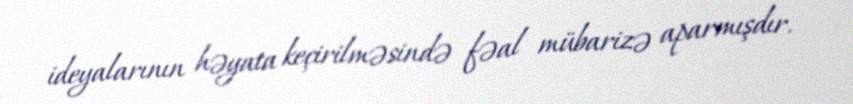
ideyalarının həyata keçirilməsində fəal mübarizə aparmışdır.